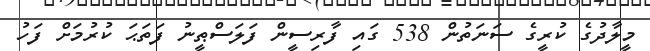
މީލާދުގެ ކުރީގެ ސަނަތުން 538 ގައި ފާރިސީން ފަލަސްޠީނު ފަތަޙަ ކުރުމަށް ފަހު